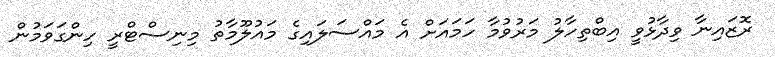
ރޮޒައިނާ ވިދާޅުވީ އިބްތިހާލު މަރުވުމާ ހަމައަށް އެ މައްސަލައިގެ މައުލޫމާތު މިނިސްޓްރީ ހިންގަވަމުން